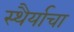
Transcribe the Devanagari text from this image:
स्थैर्याचा